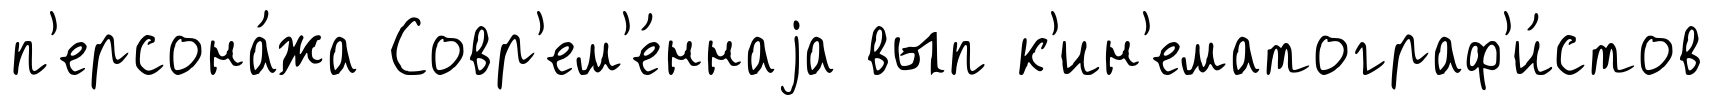
п'ерсона́жа Совр'ем'е́ннаjа вып к'ин'ематограф'и́стов